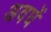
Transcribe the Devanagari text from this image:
अवघें